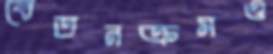
বেতনক্রমও